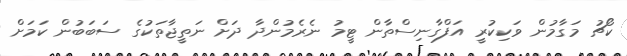
ކޯޗު މަގާމުން ވަކިކުރީ އަފްގާނިސްތާން ޓީމު ނެރެމުންދާ ދަށް ނަތީޖާތަކުގެ ސަބަބުން ކަމަށް